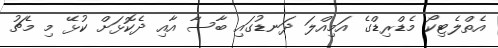
އެތްލެޓިކޯ މެޑްރިޑްގެ އަމިއްލަ ދަނޑުގައި ބާސާ އާއި ދެކޮޅަށް ކުޅޭ މި މެޗު